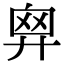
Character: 𢍙